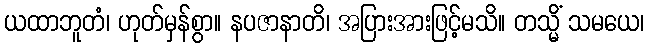
ယထာဘူတံ၊ ဟုတ်မှန်စွာ။ နပဇာနာတိ၊ အပြားအားဖြင့်မသိ။ တသ္မိံ သမယေ၊